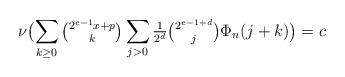
\begin{align*}\nu\bigl(\sum_{k\ge0}{\tbinom{2^{e-1}x+p}k}\sum_{j>0}{\tfrac1{2^d}\tbinom{2^{e-1+d}}j}\Phi_n(j+k)\bigr)=c\end{align*}